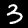
Label: 3